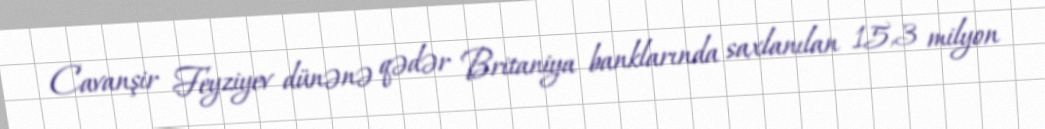
Cavanşir Feyziyev dünənə qədər Britaniya banklarında saxlanılan 15,3 milyon